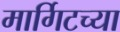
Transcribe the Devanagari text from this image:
मार्गिटच्या